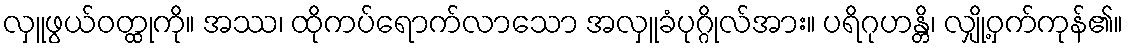
လှူဖွယ်ဝတ္ထုကို။ အဿ၊ ထိုကပ်ရောက်လာသော အလှူခံပုဂ္ဂိုလ်အား။ ပရိဂုဟန္တိ၊ လျှို့ဝှက်ကုန်၏။